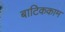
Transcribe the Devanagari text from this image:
बाटिककाम